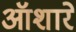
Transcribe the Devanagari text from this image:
ऑशारे